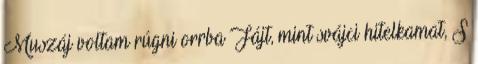
Muszáj voltam rúgni orrba Fájt, mint svájci hitelkamat, S